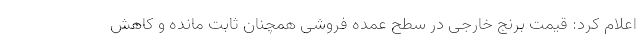
اعلام کرد: قیمت برنج خارجی در سطح عمده فروشی همچنان ثابت مانده و کاهش